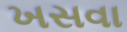
ખસવા